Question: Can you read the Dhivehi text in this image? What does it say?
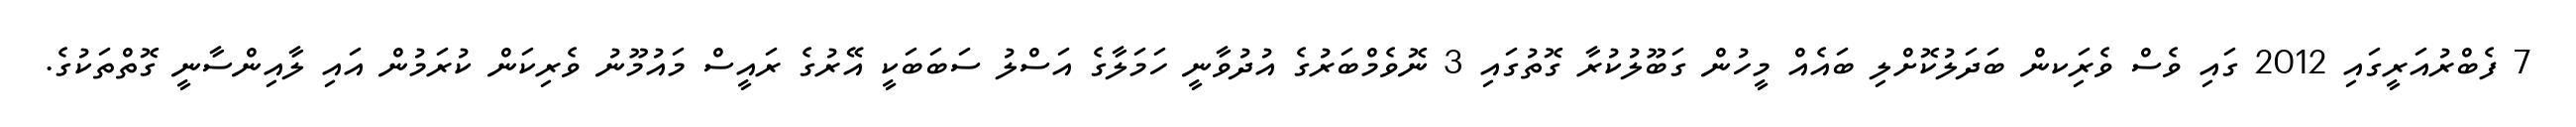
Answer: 7 ފެބްރުއަރީގައި 2012 ގައި ވެސް ވެރިަކން ބަދަލުކޮށްލި ބައެއް މީހުން ގަބޫލުކުރާ ގޮތުގައި 3 ނޮވެމްބަރުގެ އުދުވާނީ ހަމަލާގެ އަސްލު ސަބަބަކީ އޭރުގެ ރައީސް މައުމޫނު ވެރިކަން ކުރަމުން އައި ލާއިންސާނީ ގޮތްތަކުގެ.